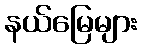
နယ်မြေများ